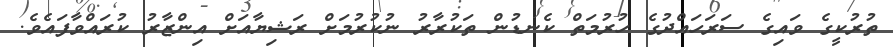
ތުރުކީގެ ވައިގެ ސަރަހައްދުގެ ހުރުމަތް ކެނޑުން ތަކުރާރު ނުކުރުމަށް ރަޝިޔާއަށް އިންޒާރު ކުރައްވާފައެވެ.